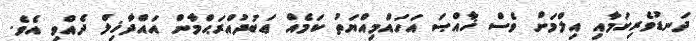
ދަނޑުވެރިކަމާއި އިލްމަށް ވެސް ޚާއްޞަ އަހައްމިއްޔަތު ކަމެއް ޢަބުދުއްރަޙްމާން އައްދާޚިލް ދެއްވި އެވެ.